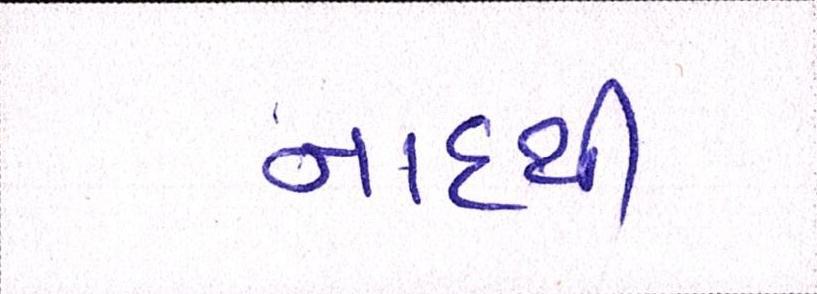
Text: નાદથી